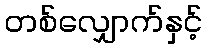
တစ်လျှောက်နှင့်